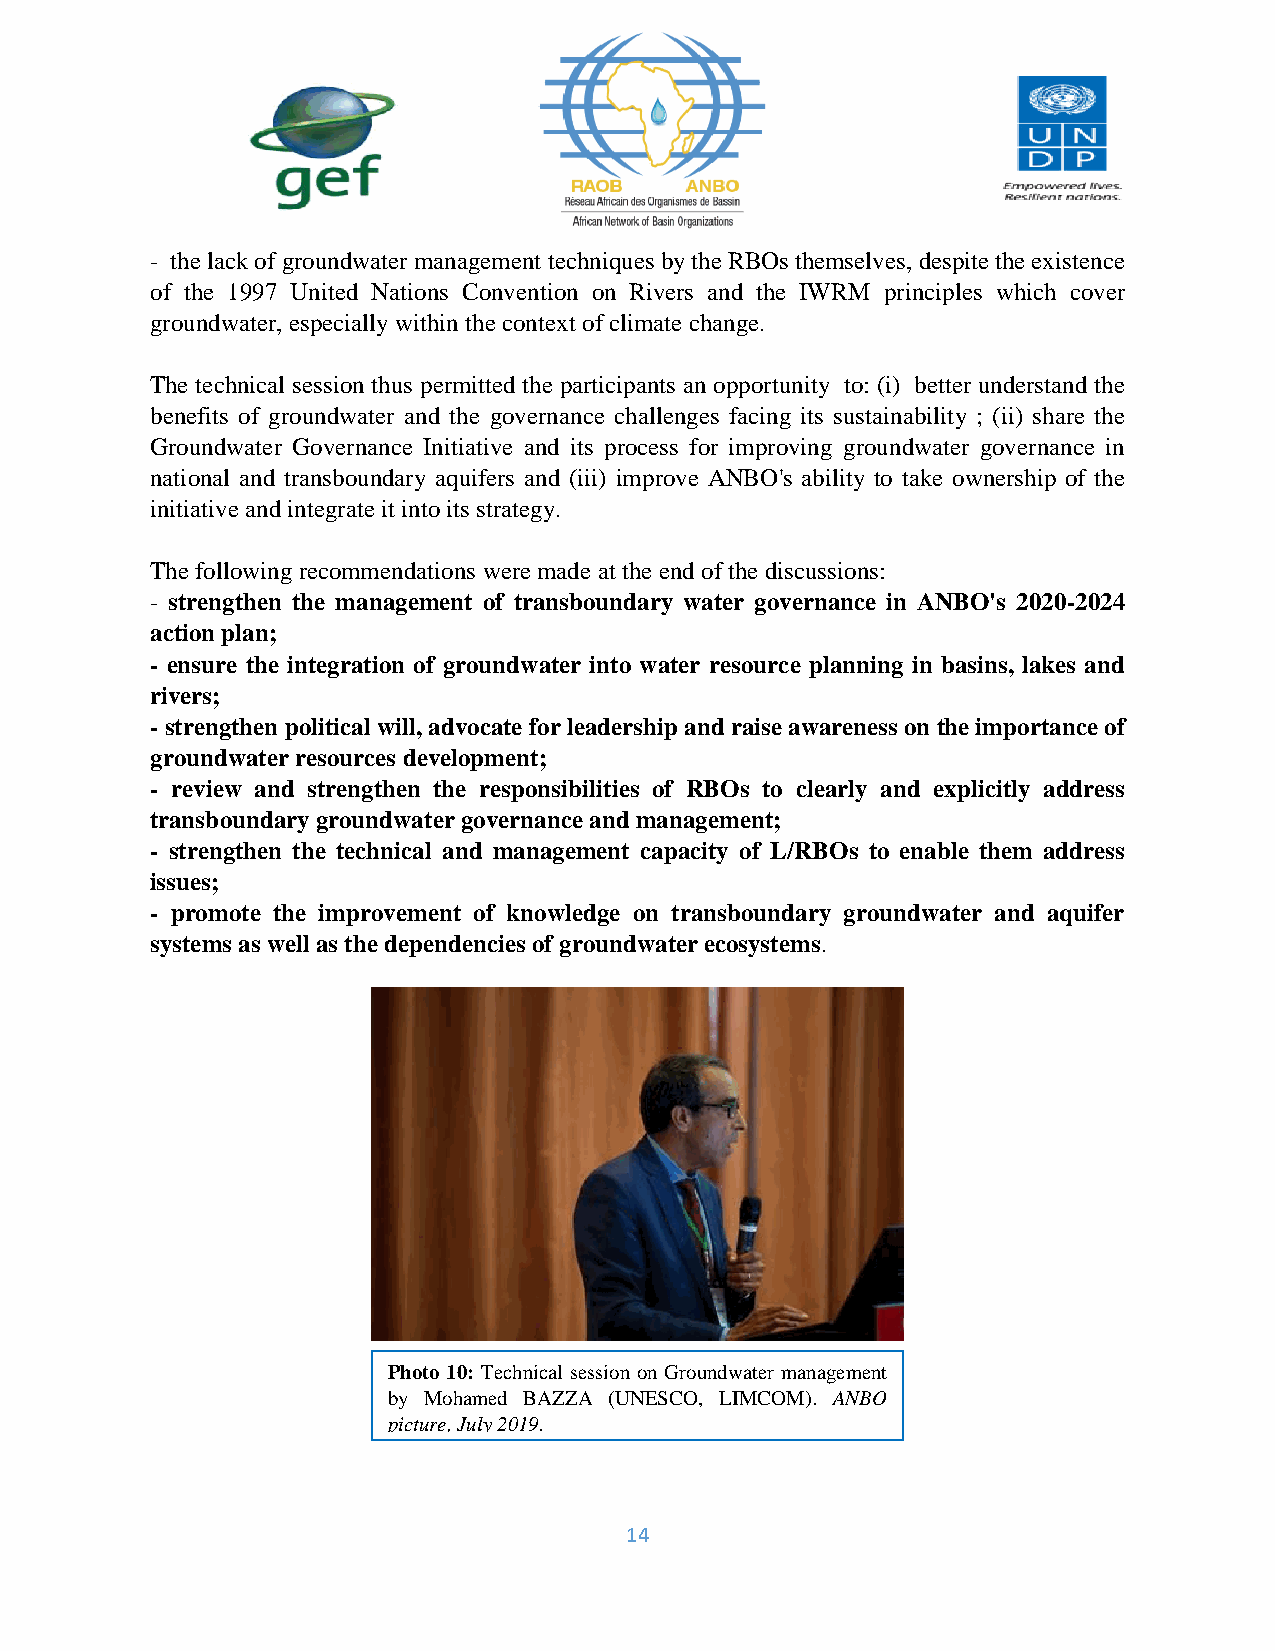
- the lack of groundwater management techniques by the RBOs themselves, despite the existence
 of the 1997 United Nations Convention on Rivers and the IWRM principles which cover
 groundwater, especially within the context of climate change.
 The technical session thus permitted the participants an opportunity to: (i) better understand the
 benefits of groundwater and the governance challenges facing its sustainability ; (ii) share the
 Groundwater Governance Initiative and its process for improving groundwater governance in
 national and transboundary aquifers and (iii) improve ANBO's ability to take ownership of the
 initiative and integrate it into its strategy.
 The following recommendations were made at the end of the discussions:
 - strengthen the management of transboundary water governance in ANBO's 2020-2024
 action plan;
 - ensure the integration of groundwater into water resource planning in basins, lakes and
 rivers;
 - strengthen political will, advocate for leadership and raise awareness on the importance of
 groundwater resources development;
 - review and strengthen the responsibilities of RBOs to clearly and explicitly address
 transboundary groundwater governance and management;
 - strengthen the technical and management capacity of L/RBOs to enable them address
 issues;
 - promote the improvement of knowledge on transboundary groundwater and aquifer
 systems as well as the dependencies of groundwater ecosystems.
 Photo 10: Technical session on Groundwater management
 by Mohamed BAZZA (UNESCO, LIMCOM). ANBO
 picture, July 2019.
 14